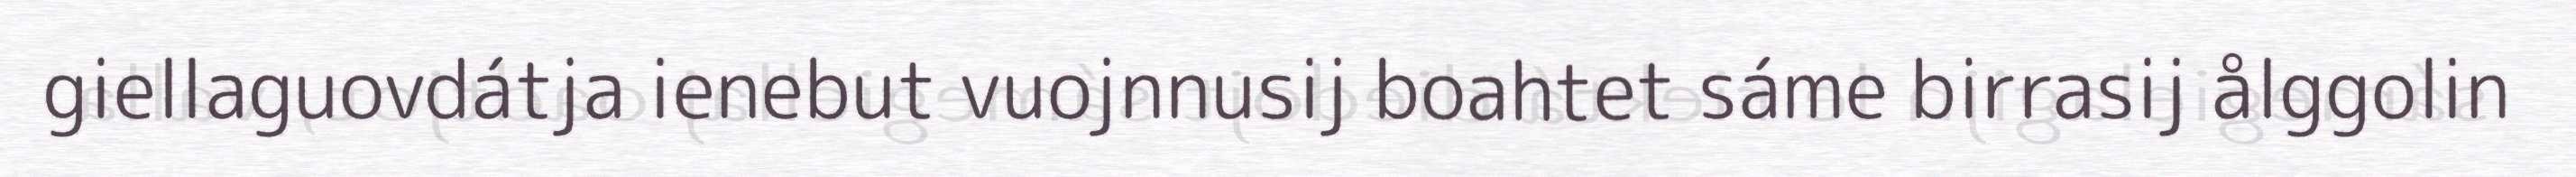
giellaguovdátja ienebut vuojnnusij boahtet sáme birrasij ålggolin